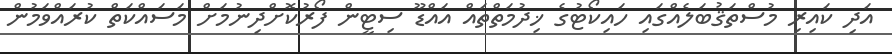
އަދި ކައިރި މުސްތަޤުބަލެއްގައި ހައިކޯޓުގެ ޚިދުމަތްތައް އައްޑޫ ސިޓީން ފޯރުކޮށްދިނުމަށް މަސައްކަތް ކުރައްވަމުން